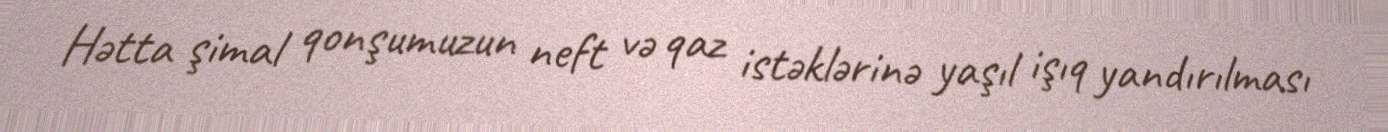
Hətta şimal qonşumuzun neft və qaz istəklərinə yaşıl işıq yandırılması